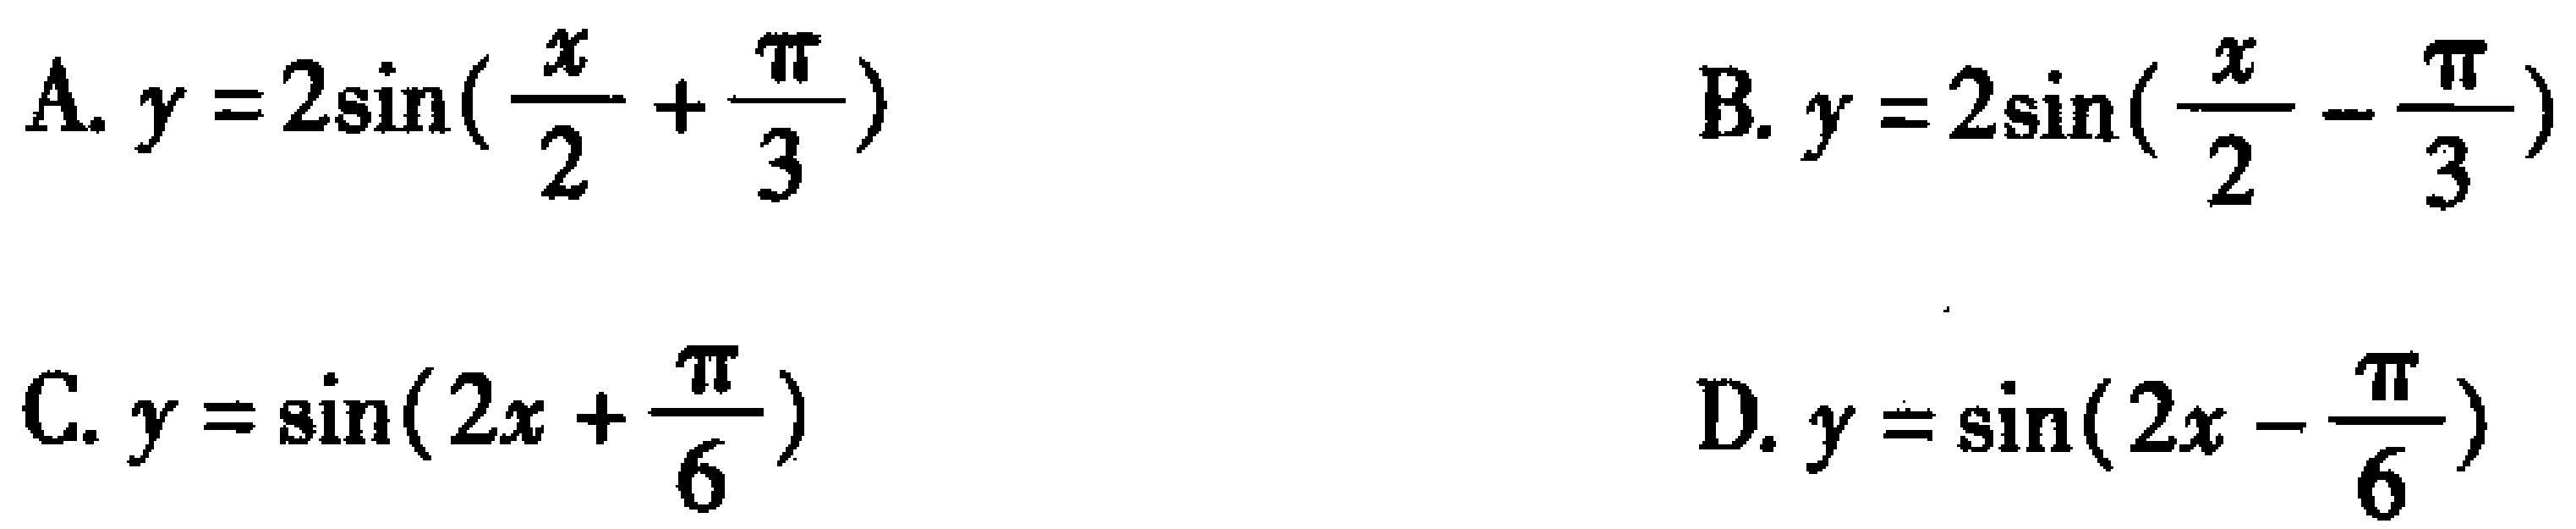
A. \(y = 2\sin(\frac{x}{2}+\frac{\pi}{3})\)

B. \(y = 2\sin(\frac{x}{2}-\frac{\pi}{3})\)

C. \(y = \sin(2x+\frac{\pi}{6})\)

D. \(y = \sin(2x-\frac{\pi}{6})\)